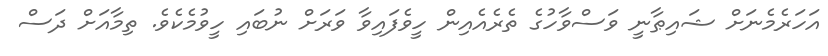
އަހަރެމެނަށް ޝައިޠާނީ ވަސްވާހުގެ ތެރެއެއިން ހީވެފައިވާ ވަރަށް ނުބައި ހީވުމެކެވެ. ތިމާއަށް ދަސް